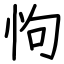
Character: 怐